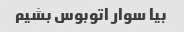
بیا سوار اتوبوس بشیم